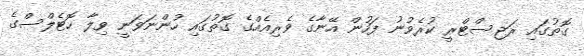
ގޮތުގައި ރަޖިސްޓްރީ ކުރެވުނު ފަހުން އޭނާގެ ވެރިއެއްގެ ގޮތުގައި ހުންނަވަނީ ވިލާ ހޮޓެލްސްގެ